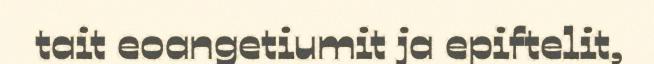
tait eoangetiumit ja epiftelit,